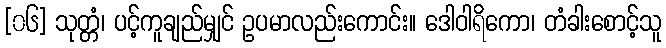
[၀၆] သုတ္တံ၊ ပင့်ကူချည်မျှင် ဥပမာလည်းကောင်း။ ဒေါဝါရိကော၊ တံခါးစောင့်သူ